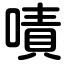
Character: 嘖